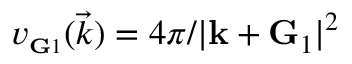
v _ { \scriptscriptstyle \mathbf G 1 } ( \vec { k } ) = { 4 \pi } / { | \mathbf k + \mathbf G _ { 1 } | ^ { 2 } }